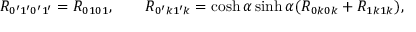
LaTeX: R _ { 0 ^ { \prime } 1 ^ { \prime } 0 ^ { \prime } 1 ^ { \prime } } = R _ { 0 1 0 1 } , \qquad R _ { 0 ^ { \prime } k 1 ^ { \prime } k } = \cosh \alpha \sinh \alpha ( R _ { 0 k 0 k } + R _ { 1 k 1 k } ) ,